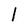
Character: l